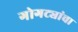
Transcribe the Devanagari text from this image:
गोगट्यांचा